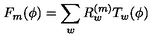
F _ { m } ( \phi ) = \sum _ { w } R _ { w } ^ { ( m ) } T _ { w } ( \phi )